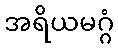
အရိယမဂ္ဂံ